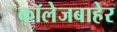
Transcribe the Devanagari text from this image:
कॉलेजबाहेर